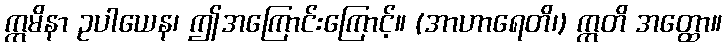
ဣမိနာ ဥပါယေန၊ ဤအကြောင်းကြောင့်။ (အာဟာရေတိ၊) ဣတိ အတ္ထော။